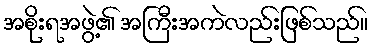
အစိုးရအဖွဲ့၏ အကြီးအကဲလည်းဖြစ်သည်။